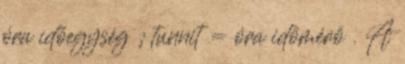
óra időegység ; tunnit = óra időmérő . A